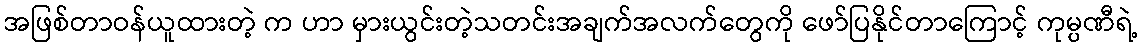
အဖြစ်တာဝန်ယူထားတဲ့ က ဟာ မှားယွင်းတဲ့သတင်းအချက်အလက်တွေကို ဖော်ပြနိုင်တာကြောင့် ကုမ္ပဏီရဲ့